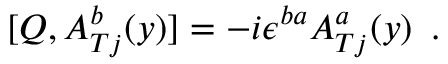
[ Q , A _ { T j } ^ { b } ( y ) ] = - i \epsilon ^ { b a } A _ { T j } ^ { a } ( y ) \, \, \, .